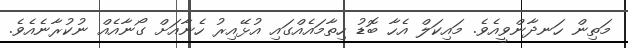
މަތިން ހަނދާންވީއެވެ. މައިކަލް އެހާ ބޮޑު ހިތާމައެއްގައި އުޅޭއިރު ހެނާއަށް ގޯނާއެއް ނުކުރާނެއެވެ.